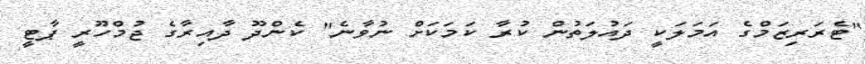
"ޓެރަރިޒަމްގެ އަމަލަކީ ދައުލަތުން ކުރާ ކަމަކަށް ނުވާނެ" ކެންދޫ ދާއިރާގެ ޖުމްހޫރީ ޕާޓީ